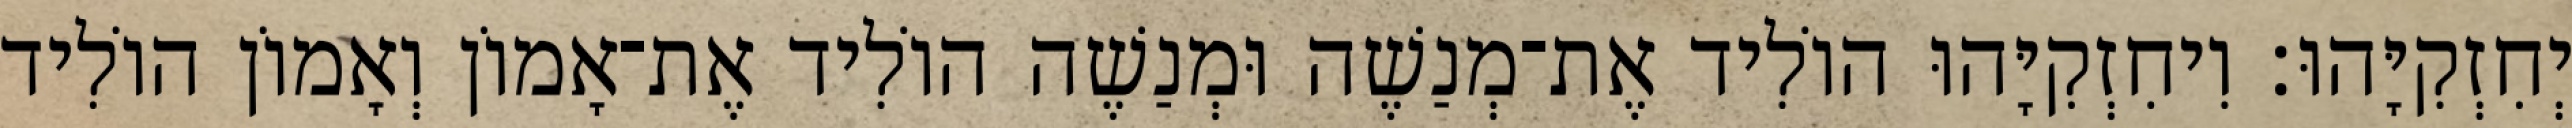
יְחִזְקִיָּהוּ׃ וִיחִזְקִיָּהוּ הוֹלִיד אֶת־מְנַשֶׁה וּמְנַשֶׁה הוֹלִיד אֶת־אָמוֹן וְאָמוֹן הוֹלִיד